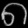
Digit: ၈